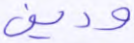
ودين